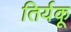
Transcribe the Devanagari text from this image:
तिर्यकू